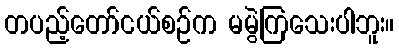
တပည့်တော်ငယ်စဉ်က မမွဲကြသေးပါဘူး။